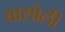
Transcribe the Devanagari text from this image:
बासोली